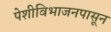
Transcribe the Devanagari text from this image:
पेशीविभाजनपासून